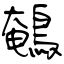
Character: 鵪